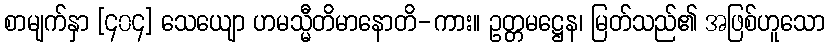
စာမျက်နှာ [၄၀၄] သေယျော ဟမသ္မီတိမာနောတိ-ကား။ ဥတ္တမဋ္ဌေန၊ မြတ်သည်၏ အဖြစ်ဟူသော